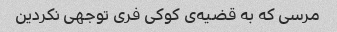
مرسی که به قضیه‌ی کوکی فری توجهی نکردین